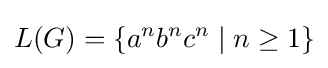
L(G)=\left\{a^{n}b^{n}c^{n}\mid n\geq 1\right\}